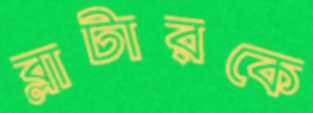
ব্লাটারকে